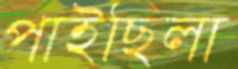
পাইছিলা